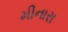
મીનારા